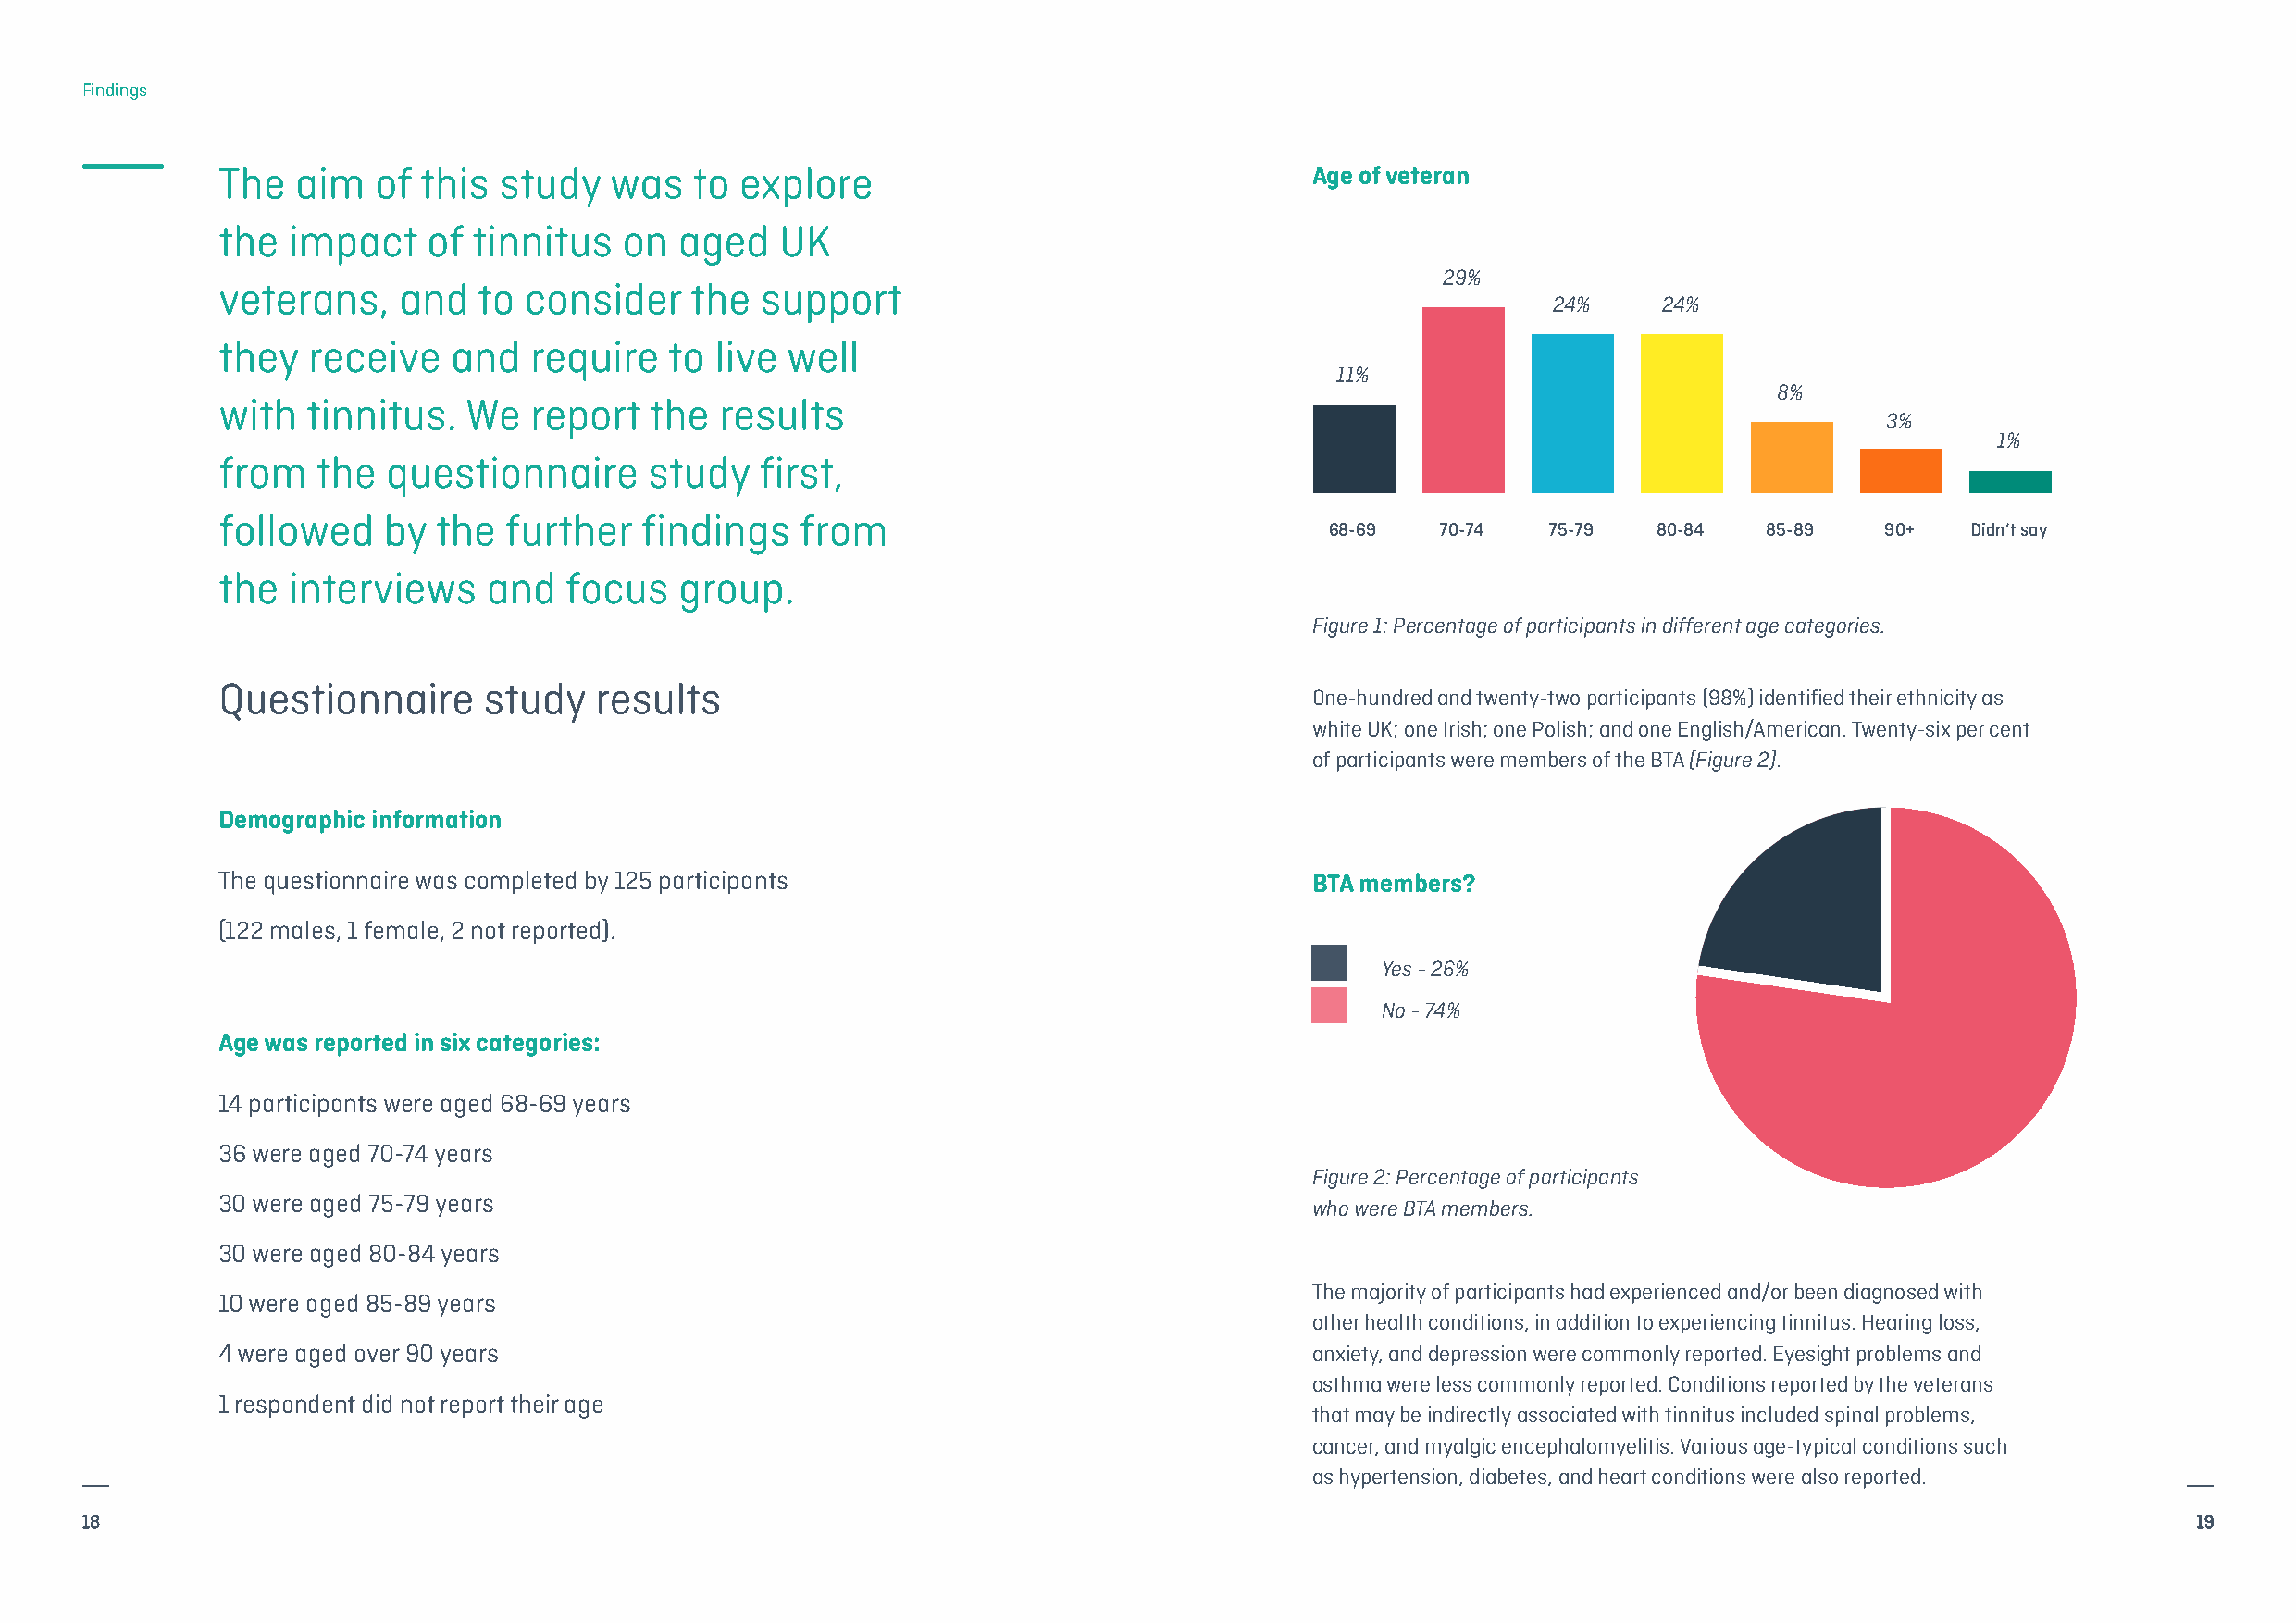
Findings
 The  aim   of this  study   was   to explore                                  Age of veteran
 the  impact    of tinnitus   on  aged   UK
 29%
 veterans,    and  to  consider   the  support
 24%     24%
 they  receive   and   require   to live well
 11%
 8%
 with  tinnitus.  We   report  the  results
 3%
 1%
 from   the  questionnaire     study   first,
 followed   by  the  further   findings   from
 68-69   70-74   75-79  80-84   85-89    90+   Didn’t say
 the  interviews    and  focus    group.
 Figure 1: Percentage of participants in different age categories.
 Questionnaire      study   results
 One-hundred and twenty-two participants (98%) identified their ethnicity as
 white UK; one Irish; one Polish; and one English/American. Twenty-six per cent
 of participants were members of the BTA (Figure 2).
 Demographic information
 The questionnaire was completed by 125 participants                           BTA members?
 (122 males, 1 female, 2 not reported).
 Yes - 26%
 No - 74%
 Age was reported in six categories:
 14 participants were aged 68-69 years
 36 were aged 70-74 years
 Figure 2: Percentage of participants
 30 were aged 75-79 years
 who were BTA members.
 30 were aged 80-84 years
 The majority of participants had experienced and/or been diagnosed with
 10 were aged 85-89 years
 other health conditions, in addition to experiencing tinnitus. Hearing loss,
 4 were aged over 90 years                                                     anxiety, and depression were commonly reported. Eyesight problems and
 asthma were less commonly reported. Conditions reported by the veterans
 1 respondent did not report their age
 that may be indirectly associated with tinnitus included spinal problems,
 cancer, and myalgic encephalomyelitis. Various age-typical conditions such
 as hypertension, diabetes, and heart conditions were also reported.
 18                                                                                                                                                     19